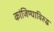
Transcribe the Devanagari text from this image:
कांजिण्याविरुद्ध